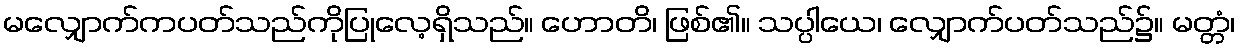
မလျှောက်ကပတ်သည်ကိုပြုလေ့ရှိသည်။ ဟောတိ၊ ဖြစ်၏။ သပ္ပါယေ၊ လျှောက်ပတ်သည်၌။ မတ္တံ၊